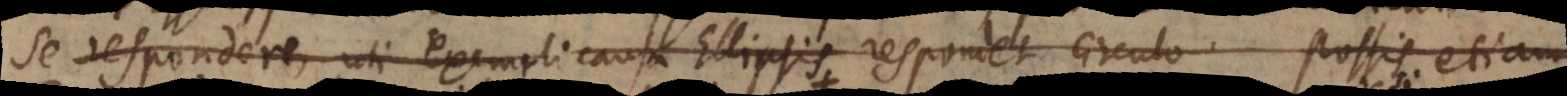
se respondere, uti exempli causa Ellipsis respondet circulo. Possis etiam